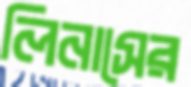
লিনাসের